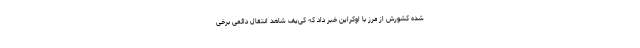
شده کشورش از مرز با اوکراین خبر داد که کی‌یف شاهد انتقال دائمی برخی